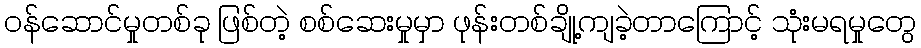
ဝန်ဆောင်မှုတစ်ခု ဖြစ်တဲ့ စစ်ဆေးမှုမှာ ဖုန်းတစ်ချို့ကျခဲ့တာကြောင့် သုံးမရမှုတွေ